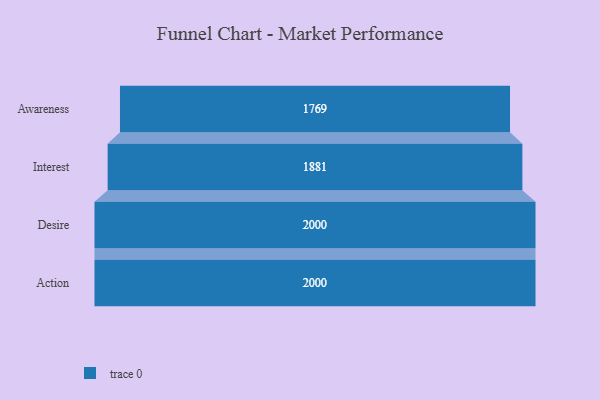
{"axis": {"x": "Stage", "y": "Value"}, "legend": [""], "data": [{"x": "Awareness", "y": 1769.0, "type": ""}, {"x": "Interest", "y": 1881.0, "type": ""}, {"x": "Desire", "y": 2000, "type": ""}, {"x": "Action", "y": 2000, "type": ""}]}